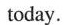
today .